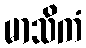
မာသိကံ